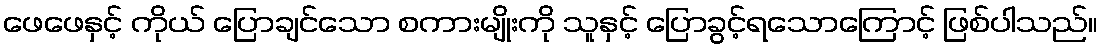
ဖေဖေနှင့် ကိုယ် ပြောချင်သော စကားမျိုးကို သူနှင့် ပြောခွင့်ရသောကြောင့် ဖြစ်ပါသည်။